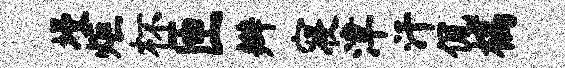
墁炬杯匝辫寝津汗侃槁